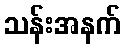
သန်းအနက်